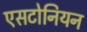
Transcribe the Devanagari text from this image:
एसटोनियन